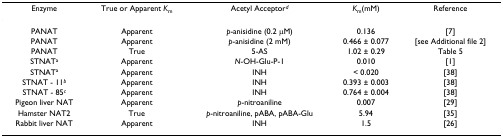
<table><thead><tr><td><b>Enzyme</b></td><td><b>True or Apparent <i>K</i><sub>m</sub></b></td><td><b>Acetyl Acceptor<sup><i>d</i></sup></b></td><td><b><i>K</i><sub>m</sub>(mM)</b></td><td><b>Reference</b></td></tr></thead><tbody><tr><td>PANAT</td><td>Apparent</td><td><i>p</i>-anisidine (0.2 μM)</td><td>0.136</td><td>[7]</td></tr><tr><td>PANAT</td><td>Apparent</td><td><i>p</i>-anisidine (2 mM)</td><td>0.466 ± 0.077</td><td>[see Additional file 2]</td></tr><tr><td>PANAT</td><td>True</td><td>5-AS</td><td>1.02 ± 0.29</td><td>Table 5</td></tr><tr><td>STNAT<sup>a</sup></td><td>Apparent</td><td><i>N</i>-OH-Glu-P-1</td><td>0.010</td><td>[1]</td></tr><tr><td>STNAT<sup>a</sup></td><td>Apparent</td><td>INH</td><td>&lt; 0.020</td><td>[38]</td></tr><tr><td>STNAT - 11<sup><i>b</i></sup></td><td>Apparent</td><td>INH</td><td>0.393 ± 0.003</td><td>[38]</td></tr><tr><td>STNAT - 85<sup><i>c</i></sup></td><td>Apparent</td><td>INH</td><td>0.764 ± 0.004</td><td>[38]</td></tr><tr><td>Pigeon liver NAT</td><td>Apparent</td><td><i>p</i>-nitroaniline</td><td>0.007</td><td>[29]</td></tr><tr><td>Hamster NAT2</td><td>True</td><td><i>p</i>-nitroaniline, pABA, pABA-Glu</td><td>5.94</td><td>[35]</td></tr><tr><td>Rabbit liver NAT</td><td>Apparent</td><td>INH</td><td>1.5</td><td>[26]</td></tr></tbody></table>